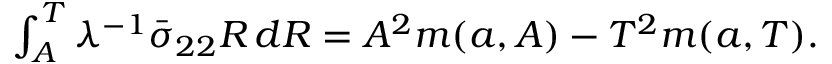
\begin{array} { r } { \int _ { A } ^ { T } \lambda ^ { - 1 } \bar { \sigma } _ { 2 2 } R \, d R = A ^ { 2 } m ( { a } , A ) - T ^ { 2 } m ( { a } , T ) . } \end{array}